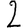
Digit: 2